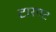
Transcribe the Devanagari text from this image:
टारगट